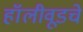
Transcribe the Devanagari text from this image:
हॉलीवूडचे